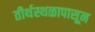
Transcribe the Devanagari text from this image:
तीर्थस्थळापासून